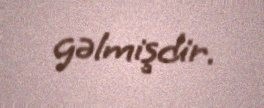
gəlmişdir.